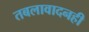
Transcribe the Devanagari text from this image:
तबलावादनही